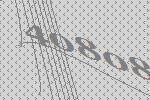
40808